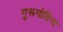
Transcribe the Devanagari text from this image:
गुरूगोविन्द